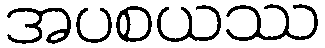
အပစယဿ